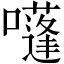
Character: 𡂫